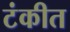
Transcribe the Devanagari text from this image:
टंकीत